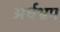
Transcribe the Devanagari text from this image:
अर्धभ्रम